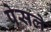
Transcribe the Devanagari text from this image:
पेसले